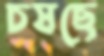
চষছে